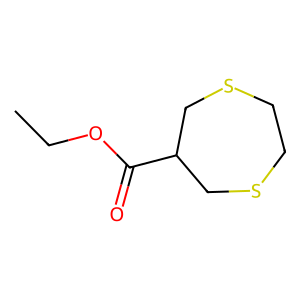
SMILES: CCOC(=O)C1CSCCSC1
Inhibits HIV replication: No